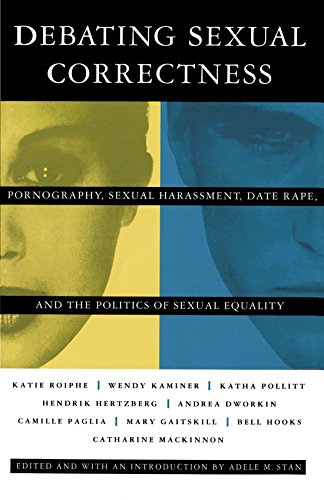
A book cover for Debating Sexual Correctness: Pornography, Sexual Harassment, Date Rape and the Politics of Sexual Equality; Politics & Social Sciences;